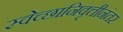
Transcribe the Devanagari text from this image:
स्वेच्छानिवृत्तीनंतर